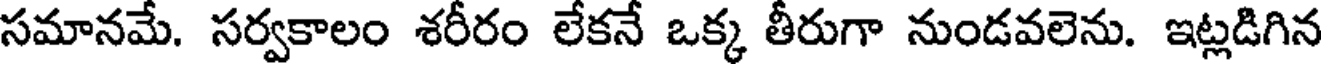
సమానమే. సర్వకాలం శరీరం లేకనే ఒక్క తీరుగా నుండవలెను. ఇట్లడిగిన